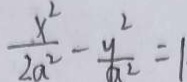
\frac { x ^ { 2 } } { 2 a ^ { 2 } } - \frac { y ^ { 2 } } { a ^ { 2 } } = 1